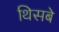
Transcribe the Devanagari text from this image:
थिसबे